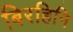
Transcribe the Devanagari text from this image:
बिरहिनि